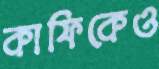
কাফিকেও